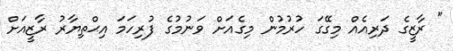
" ރާޒީގެ ދަރިއެއް މިގޭގަ ހުރުމުން މިގެއަށް ވަނުމުގެ ފުރިހަމަ އިޙްތިޔާރު ރާޒީއަށް